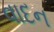
વાદન